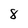
Character: 8